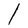
Character: l